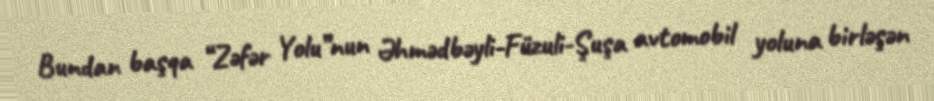
Bundan başqa “Zəfər Yolu”nun Əhmədbəyli-Füzuli-Şuşa avtomobil yoluna birləşən